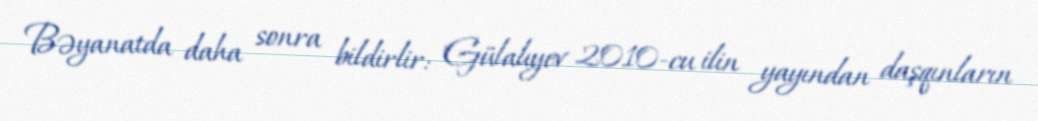
Bəyanatda daha sonra bildirlir: "Gülalıyev 2010-cu ilin yayından daşqınların